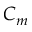
C _ { m }